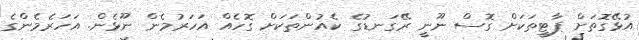
އުޅޭގޮތަށް ޕާޓީތަކަށް ގޮސް ނޫނީ ރޭގަނޑުގެ ކެއުންތަކަށް ގޮހެއް އަހަރުމެން ނޫޅެން. އަހަރެމެންގެ